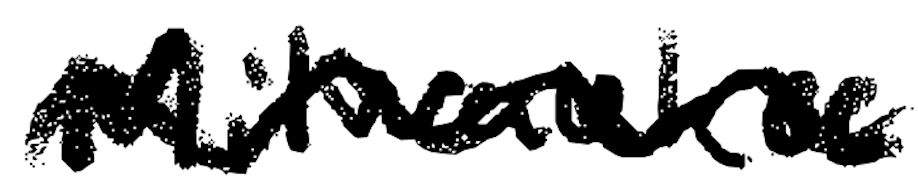
Text: Milwaukee
Cross-out: wave
Writing tool: digital_black